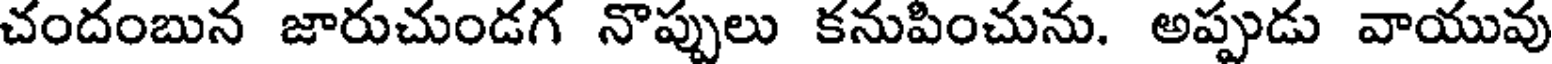
చందంబున జారుచుండగ నొప్పులు కనుపించును. అప్పుడు వాయువు